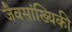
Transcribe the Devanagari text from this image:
जैवसांख्यिकी